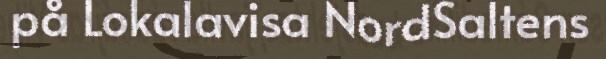
på Lokalavisa NordSaltens